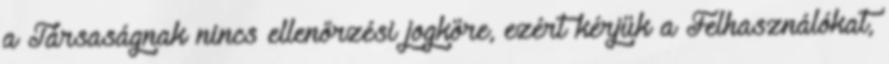
a Társaságnak nincs ellenőrzési jogköre, ezért kérjük a Felhasználókat,